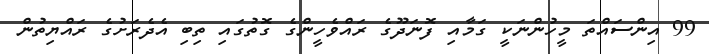
99 އިންސައްތަ މީހުންނަކީ ގަމާއި ފޮނަދޫގެ ރައްވެހީންގެ ގޮތުގައި ތިބި އެދެރަށުގެ ރައްޔިތުން